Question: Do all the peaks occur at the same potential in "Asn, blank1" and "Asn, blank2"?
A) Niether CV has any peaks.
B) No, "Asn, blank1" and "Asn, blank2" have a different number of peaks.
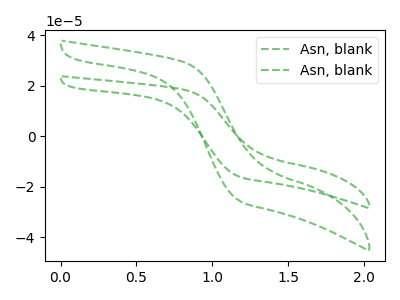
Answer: <think>The green dashed curve "Asn, blank1" has no peaks. The green dashed curve "Asn, blank2" has no peaks.</think>
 <answer>A) Niether CV has any peaks.</answer>
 <eval>A</eval>